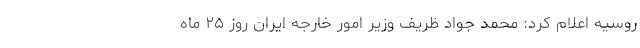
روسیه اعلام کرد: محمد جواد ظریف وزیر امور خارجه ایران روز ۲۵ ماه